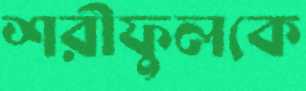
শরীফুলকে